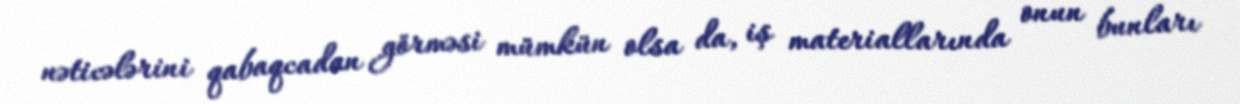
nəticələrini qabaqcadan görməsi mümkün olsa da, iş materiallarında onun bunları